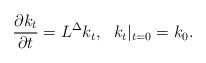
LaTeX: \begin{align*} \frac{\partial k_t}{\partial t} = L^{\Delta}k_t, \ \ k_t|_{t=0} = k_0.\end{align*}